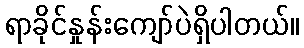
ရာခိုင်နှုန်းကျော်ပဲရှိပါတယ်။